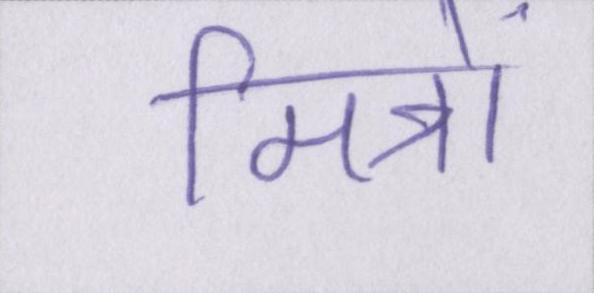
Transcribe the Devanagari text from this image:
मित्रों